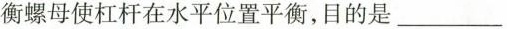
衡螺母使杠杆在水平位置平衡，目的是___